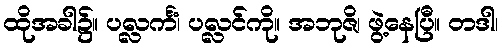
ထိုအခါ၌။ ပလ္လင်္ကံ၊ ပလ္လင်ကို။ အဘုဇိ၊ ဖွဲ့နေပြီ။ တဒါ၊